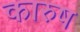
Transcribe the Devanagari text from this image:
कारुष